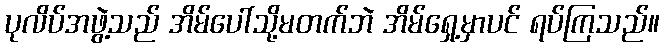
ပုလိပ်အဖွဲ့သည် အိမ်ပေါ်သို့မတက်ဘဲ အိမ်ရှေ့မှာပင် ရပ်ကြသည်။